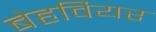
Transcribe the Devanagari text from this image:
बेहवियर